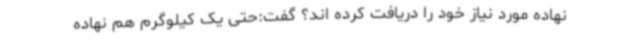
نهاده مورد نیاز خود را دریافت کرده اند؟ گفت:حتی یک کیلوگرم هم نهاده